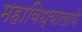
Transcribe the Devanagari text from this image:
महाविध्यालाये